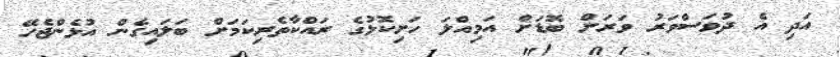
އަދި އެ ދުވަސްވަރު ވަރަށް ބޮޑަށް އަމިއްލަ ހަށިކޮޅުގެ ރައްކާތެރިކަމަށް ބަލައިގެން އުޅެންޖެހޭ